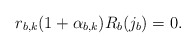
\begin{align*} r_{b,k}(1 + \alpha _{b,k}) R_b (j_b) = 0.\end{align*}